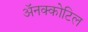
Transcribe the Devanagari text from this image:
अॅनक्कोटिल